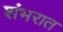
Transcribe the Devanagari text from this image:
शंभरात